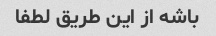
باشه از این طریق لطفا